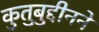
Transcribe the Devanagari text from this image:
कुतुबुद्दीनने